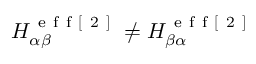
H _ { \alpha \beta } ^ { \mathrm { ~ e ~ f ~ f ~ [ ~ 2 ~ ] ~ } } \neq H _ { \beta \alpha } ^ { \mathrm { ~ e ~ f ~ f ~ [ ~ 2 ~ ] ~ } }